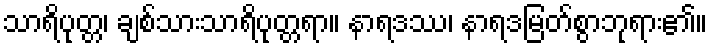
သာရိပုတ္တ၊ ချစ်သားသာရိပုတ္တရာ။ နာရဒဿ၊ နာရဒမြတ်စွာဘုရား၏။